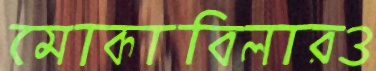
মোকাবিলারও